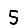
Digit: 5